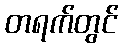
တရက်တွင်